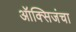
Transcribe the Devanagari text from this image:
ऑक्सिजंचा